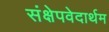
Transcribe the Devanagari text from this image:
संक्षेपवेदार्थम